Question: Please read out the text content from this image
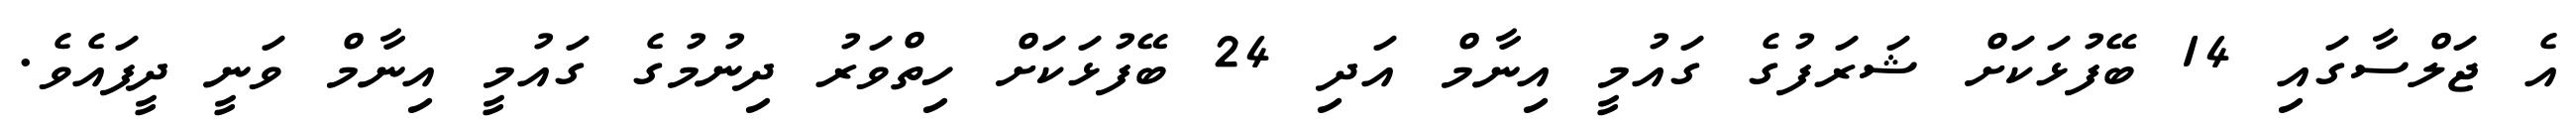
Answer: އެ ޖަލްސާގައި 14 ބޭފުޅަކަށް ޝަރަފުގެ ގައުމީ އިނާމް އަދި 24 ބޭފުޅަކަށް ހިތްވަރު ދިނުމުގެ ގައުމީ އިނާމް ވަނީ ދީފައެވެ.